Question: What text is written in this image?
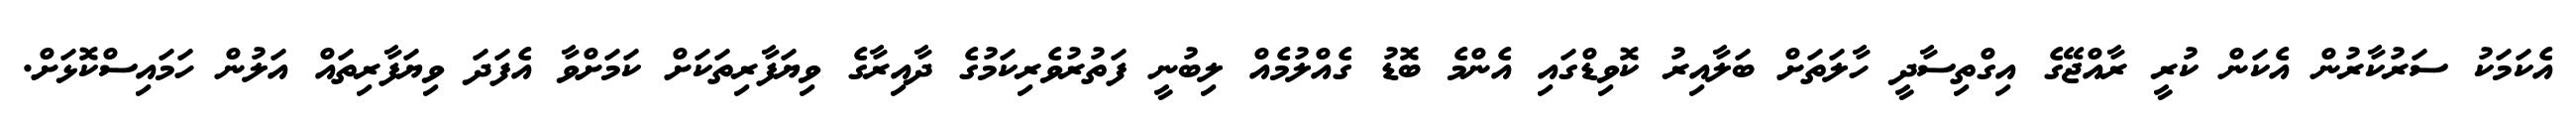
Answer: އެކަމަކު ސަރުކާރުން އެކަން ކުރީ ރާއްޖޭގެ އިގްތިސާދީ ހާލަތަށް ބަލާއިރު ކޮވިޑްގައި އެންމެ ބޮޑު ގެއްލުމެއް ލިބުނީ ފަތުރުވެރިކަމުގެ ދާއިރާގެ ވިޔަފާރިތަކަށް ކަމަށްވާ އެފަދަ ވިޔަފާރިތައް އަލުން ހަމައިސްކޮޅަށް.